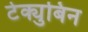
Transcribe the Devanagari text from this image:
टेक्युबिन